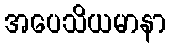
အပေသိယမာနာ